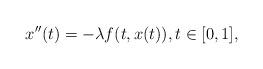
LaTeX: \begin{align*}x''(t)=-\lambda f(t,x(t)), t \in [0,1],\end{align*}